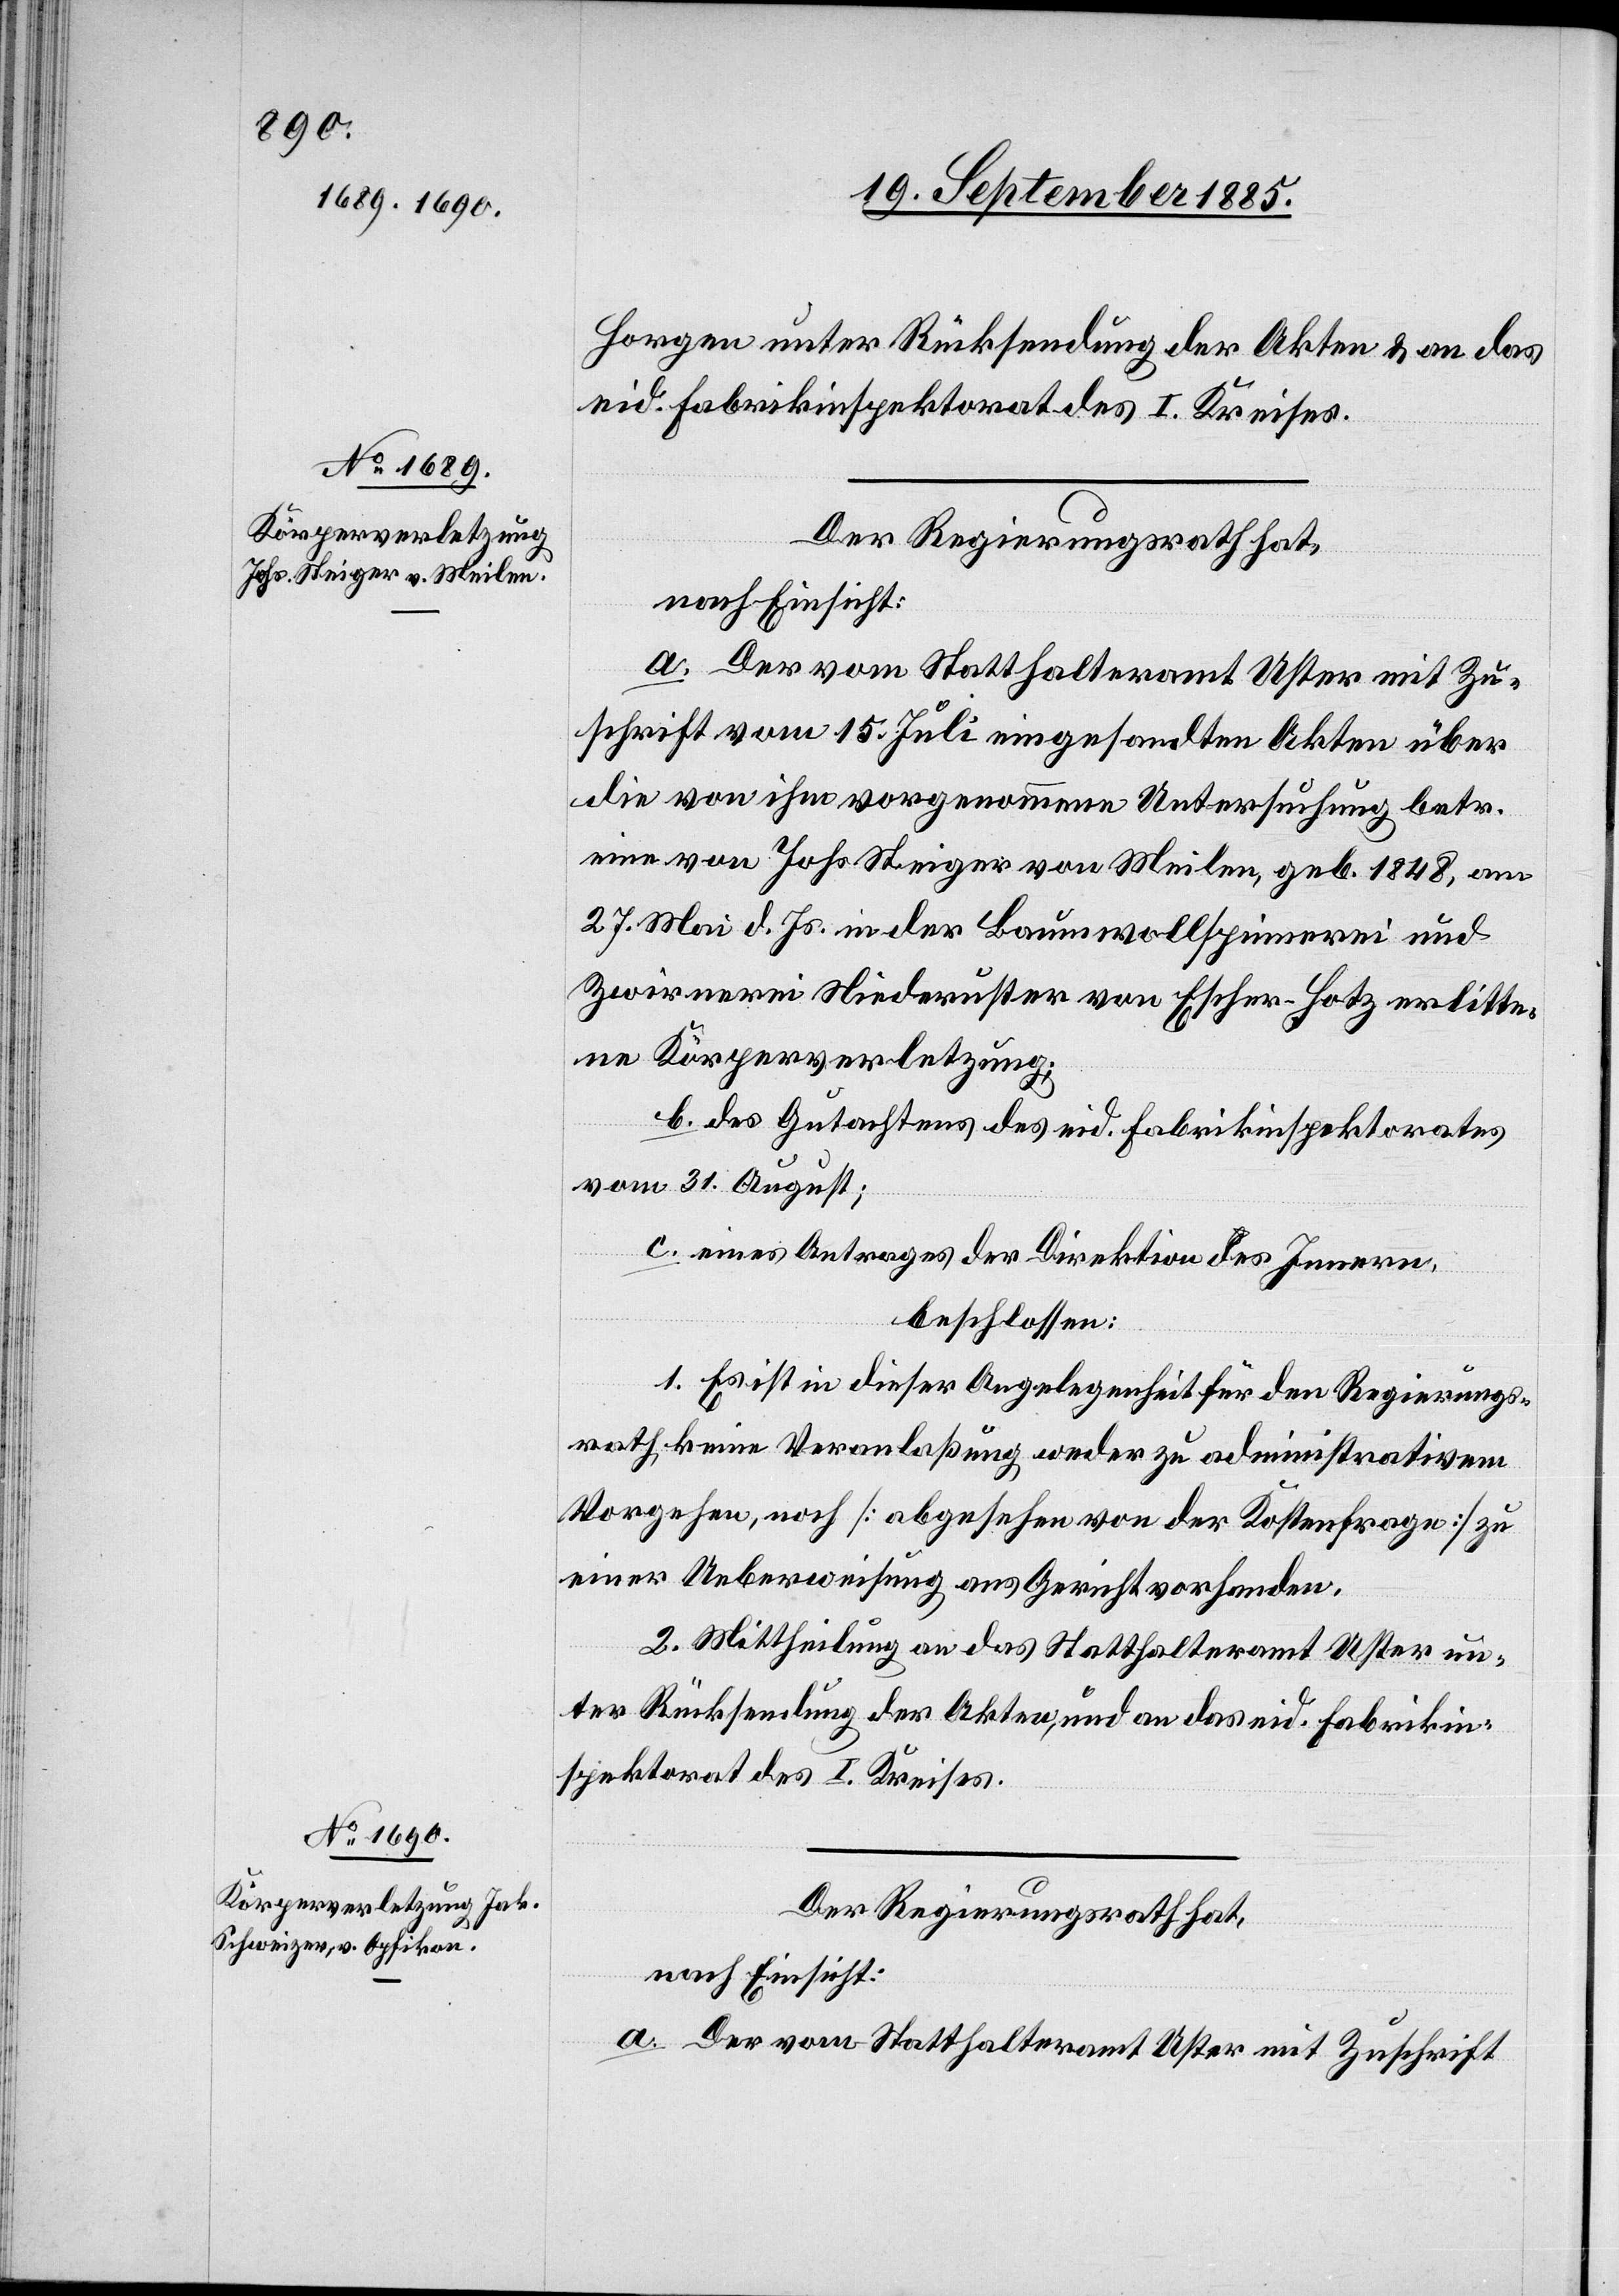
Horgen unter Rücksendung der Akten & an das
eid. Fabrikinspektorat des I. Kreises.
Der Regierungsrath hat,
nach Einsicht:
a. Der vom Statthalteramt Uster mit Zu¬
schrift vom 15. Juli eingesandten Akten über
die von ihm vorgenommene Untersuchung betr.
eine von Johs. Steiger von Meilen, geb. 1848, am
27. Mai d. Js. in der Baumwollspinnerei und
Zwirnerei Niederuster von Escher-Hotz erlitte¬
ne Körperverletzung;
b. des Gutachtens des eid. Fabrikinspektorates
vom 31. August;
c. eines Antrages der Direktion des Innern,
beschlossen:
1. Es ist in dieser Angelegenheit für den Regierungs¬
rath keine Veranlaßung weder zu administrativem
Vorgehen, noch [abgesehen von der Kostenfrage] zu
einer Ueberweisung ans Gericht vorhanden.
2. Mittheilung an das Statthalteramt Uster un¬
ter Rücksendung der Akten, und an das eid. Fabrikin¬
spektorat des I. Kreises.
Der Regierungsrath hat,
nach Einsicht:
a. Der vom Statthalteramt Uster mit Zuschrift